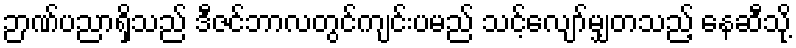
ဉာဏ်ပညာရှိသည် ဒီဇင်ဘာလတွင်ကျင်းပမည် သင့်လျော်မျှတသည့် နေဆီသို့